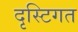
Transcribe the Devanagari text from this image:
दृस्टिगत